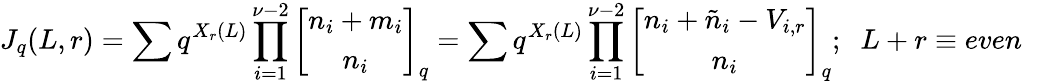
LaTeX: J_{q}(L,r)=\sum q^{X_{r}(L)}\prod_{i=1}^{\nu-2}\left[\begin{array}{c}{{n_{i}+m_{i}}}\\ {{n_{i}}}\end{array}\right]_{q}=\sum q^{X_{r}(L)}\prod_{i=1}^{\nu-2}\left[\begin{array}{c}{{n_{i}+\tilde{n}_{i}-V_{i,r}}}\\ {{n_{i}}}\end{array}\right]_{q};\; \; L+r\equiv even\; \;